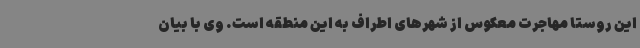
این روستا مهاجرت معکوس از شهرهای اطراف به این منطقه است. وی با بیان